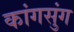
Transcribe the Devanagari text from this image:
कांगसुंग